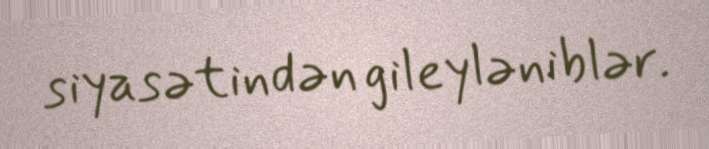
siyasətindən gileyləniblər.